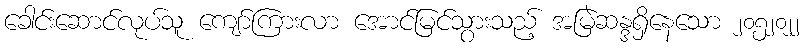
ခေါင်းဆောင်လုပ်သူ ကျော်ကြားလာ အောင်မြင်သွားသည့် အမြဲဆန္ဒရှိနေသော ၂၀၅၂၀၂၂